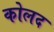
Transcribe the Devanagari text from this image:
कोलद